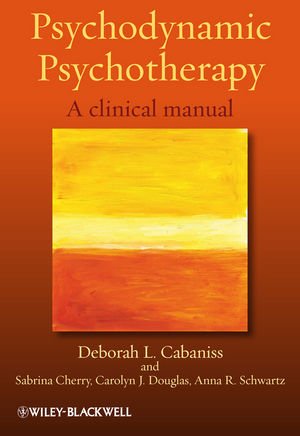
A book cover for Psychodynamic Psychotherapy: A clinical manual; Deborah L. Cabaniss; Medical Books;